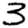
Digit: 3